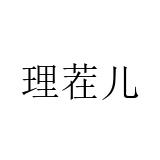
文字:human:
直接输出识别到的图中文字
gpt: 理茬儿